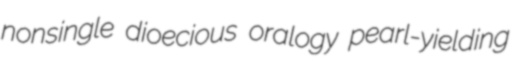
nonsingle dioecious oralogy pearl-yielding